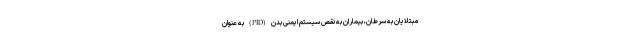
مبتلایان به سرطان، بیماران به نقص سیستم ایمنی بدن (PID) به عنوان